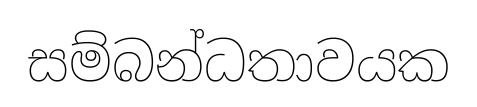
සම්බන්ධතාවයක